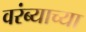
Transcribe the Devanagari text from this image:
वरंब्याच्या